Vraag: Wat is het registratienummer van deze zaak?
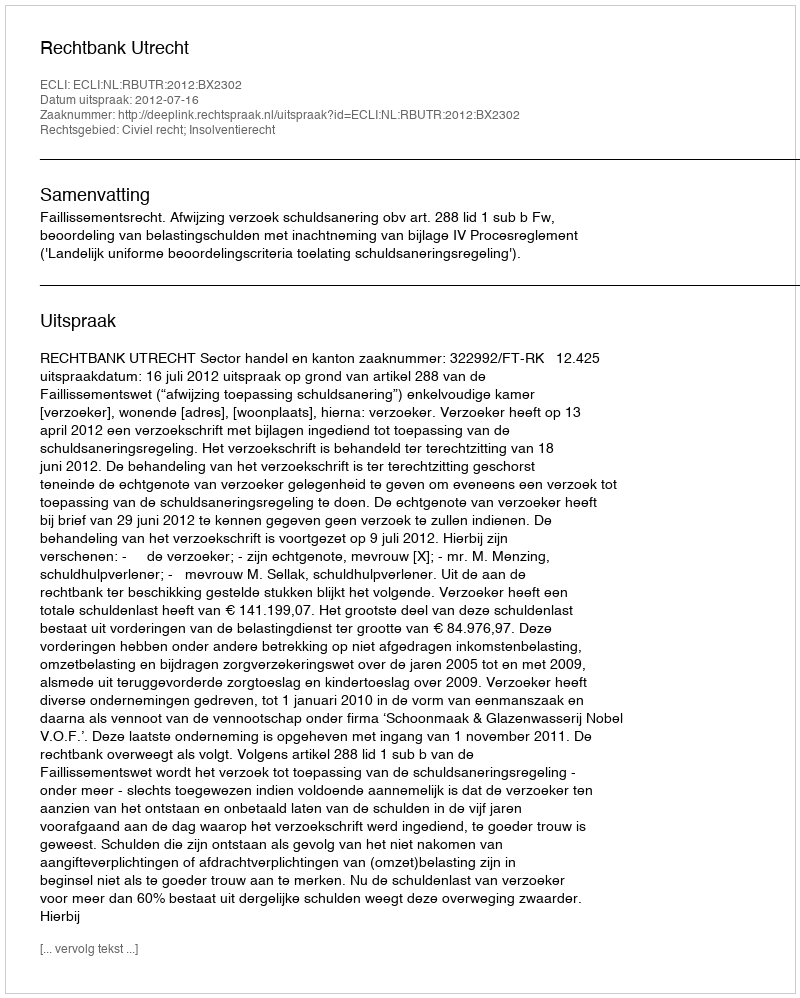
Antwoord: http://deeplink.rechtspraak.nl/uitspraak?id=ECLI:NL:RBUTR:2012:BX2302